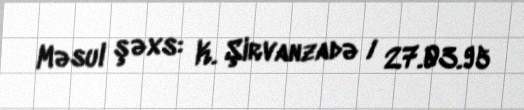
Məsul şəxs: K. Şirvanzadə / 27.03.95